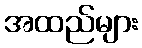
အထည်များ